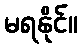
မရနိုင်။